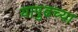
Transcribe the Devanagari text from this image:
यापुढच्या